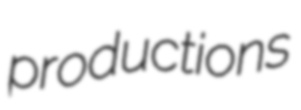
productions